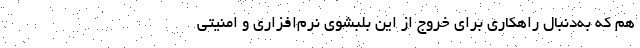
هم که به‌دنبال راهکاری برای خروج از این بلبشوی نرم‌افزاری و امنیتی